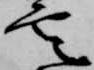
雲